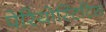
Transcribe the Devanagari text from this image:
पेरियोस्टिटिस